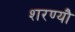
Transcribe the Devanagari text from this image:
शरण्यौ